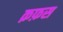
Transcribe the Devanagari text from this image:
क़फ़स